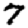
Digit: 7